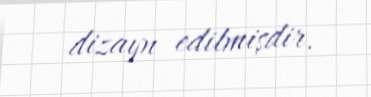
dizayn edilmişdir.